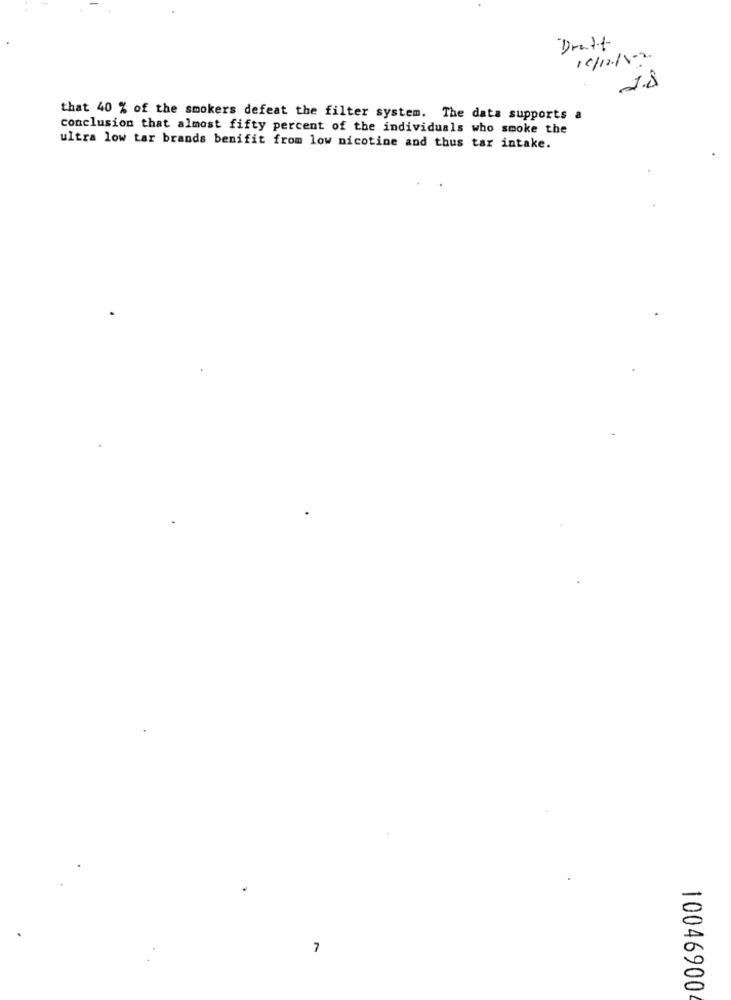
Draft
10/12/102.
1.8
that 40 % of the smokers defeat the filter system. The data supports a
conclusion that almost fifty percent of the individuals who smoke the
ultra low tar brands benifit from low nicotine and thus tar intake.
7
10046900